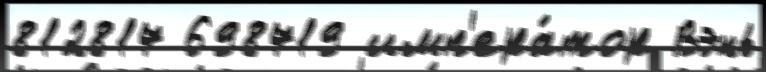
812817 698719 имп'ера́тор Вэнь